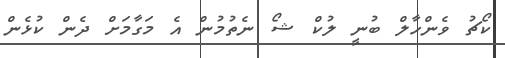
ކޯޗު ވެންހާލް ބުނީ ލުކް ޝޯ ނެތުމުން އެ މަގާމަށް ދެން ކުޅެން